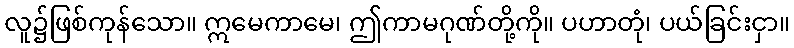
လူ၌ဖြစ်ကုန်သော။ ဣမေကာမေ၊ ဤကာမဂုဏ်တို့ကို။ ပဟာတုံ၊ ပယ်ခြင်းငှာ။